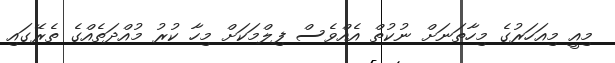
މިއީ މިއަހަރުގެ މިހާތަނަށް ނުކުތް އެއްވެސް ފިލްމަކަށް މިހާ ކުރު މުއްދަތެއްގެ ތެރޭގައި